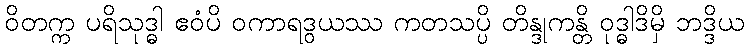
ဝိတက္က ပရိသုဒ္ဓါ ဧဝံပိ ဝကာရဒွယဿ ကတသပ္ပိ တိန္ဒုကန္တိ ဝုဒ္ဓါဒိမှိ ဘဒ္ဒိယ